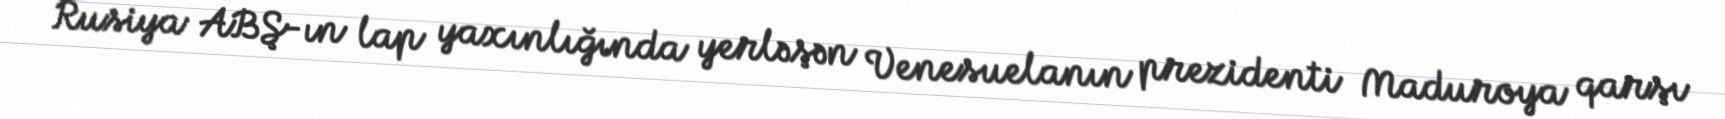
Rusiya ABŞ-ın lap yaxınlığında yerləşən Venesuelanın prezidenti Maduroya qarşı